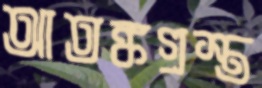
আতঙ্কগ্রস্ত